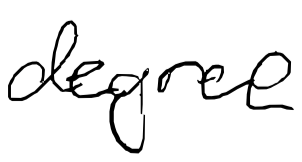
Text: degree
Cross-out: clean
Writing tool: digital_black